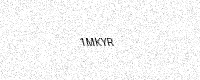
Text: 1MKYR